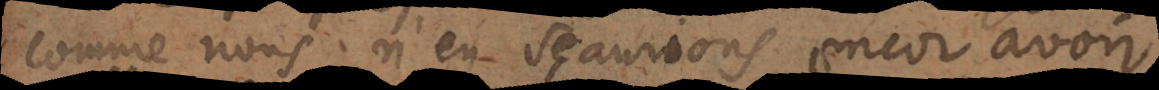
comme nous n’en sçaurions encor avoir